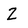
Character: Z